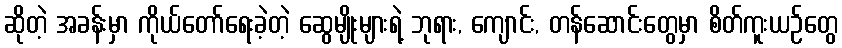
ဆိုတဲ့ အခန်းမှာ ကိုယ်တော်ရေးခဲ့တဲ့ ဆွေမျိုးများရဲ့ ဘုရား, ကျောင်း, တန်ဆောင်းတွေမှာ စိတ်ကူးယဉ်တွေ